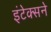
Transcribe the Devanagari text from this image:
इंटेक्सने